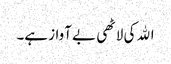
اﷲ کی لاٹھی بے آواز ہے۔